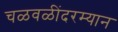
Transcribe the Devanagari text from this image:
चळवळींदरम्यान